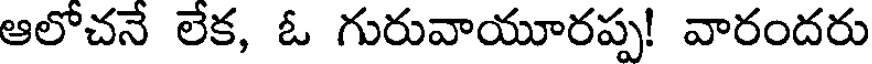
ఆలోచనే లేక, ఓ గురువాయూరప్ప! వారందరు